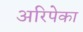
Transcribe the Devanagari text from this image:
अरिपेका